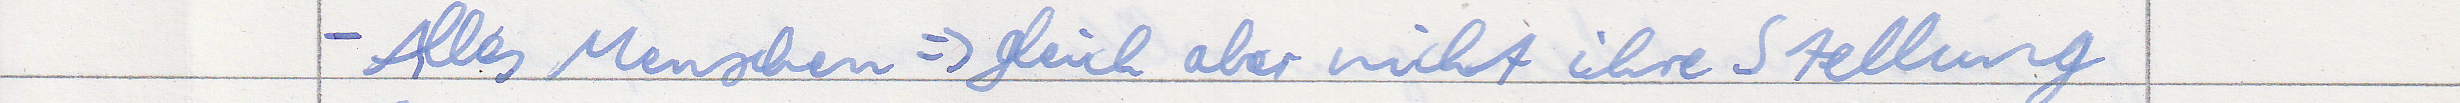
Alles Menschen => gleich aber nicht ihre Stellung